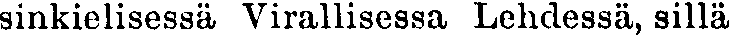
sinkielisessä Virallisessa Lehdessä, sillä